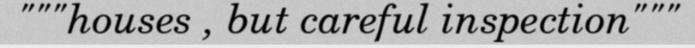
"""houses , but careful inspection"""